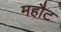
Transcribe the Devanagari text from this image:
महौट